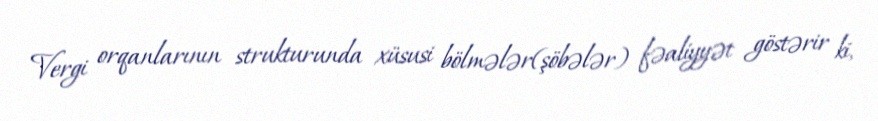
Vergi orqanlarının strukturunda xüsusi bölmələr(şöbələr) fəaliyyət göstərir ki,